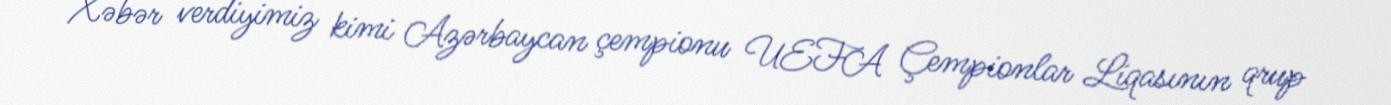
Xəbər verdiyimiz kimi Azərbaycan çempionu UEFA Çempionlar Liqasının qrup